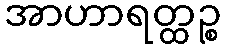
အာဟာရတ္ထဉ္စ